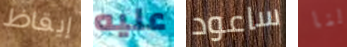
إيقاظ عليه ساعود لنا